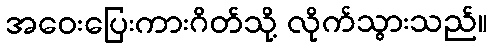
အဝေးပြေးကားဂိတ်သို့ လိုက်သွားသည်။